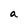
Character: a